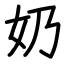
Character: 奶